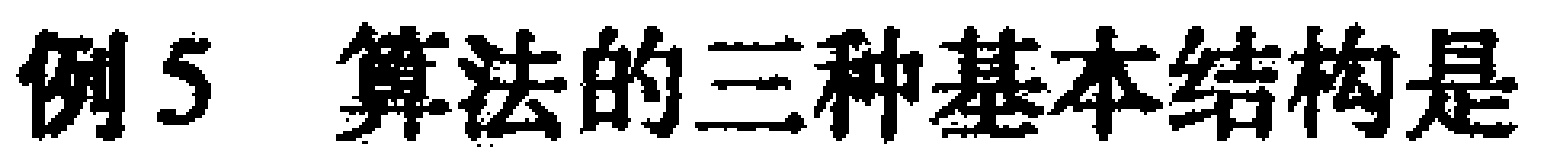
例5 算法的三种基本结构是